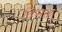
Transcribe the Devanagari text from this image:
विभक्त